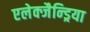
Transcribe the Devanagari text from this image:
एलेक्जैन्ड्रिया